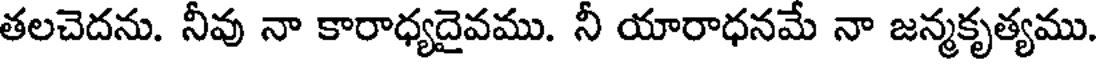
తలచెదను. నీవు నా కారాధ్యదైవము. నీ యారాధనమే నా జన్మకృత్యము.